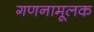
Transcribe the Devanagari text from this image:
गणनामूलक